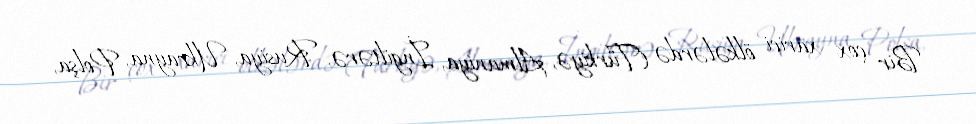
Bir çox xarici ölkələrdə (Türkiyə, Almaniya, İngiltərə, Rusiya, Ukrayna, Polşa,